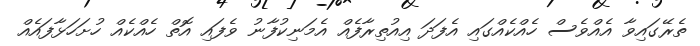
ތެރޭގައިވާ އެއްވެސް ހެއްކެއްގައި އެފަދަ އިއުތިރާފެއް އެމަނިކުފާނު ވެފައި އޮތް ހެއްކެއް ހުށަހަޅާފައެއް